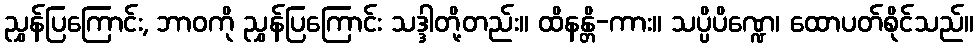
ညွှန်ပြကြောင်း, ဘာဝကို ညွှန်ပြကြောင်း သဒ္ဒါတို့တည်း။ ထိနန္တိ-ကား။ သပ္ပိပိဏ္ဍေ၊ ထောပတ်စိုင်သည်။